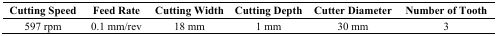
<table><thead><tr><td><b>Cutting Speed</b></td><td><b>Feed Rate</b></td><td><b>Cutting Width</b></td><td><b>Cutting Depth</b></td><td><b>Cutter Diameter</b></td><td><b>Number of Tooth</b></td></tr></thead><tbody><tr><td>597 rpm</td><td>0.1 mm/rev</td><td>18 mm</td><td>1 mm</td><td>30 mm</td><td>3</td></tr></tbody></table>